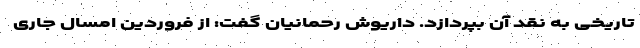
تاریخی به نقد آن بپردازد. داریوش رحمانیان گفت: از فروردین امسال جاری